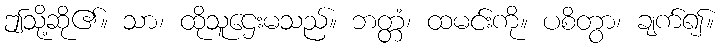
ဤသို့ဆို၏။ သာ၊ ထိုသူဌေးမသည်။ ဘတ္တံ၊ ထမင်းကို။ ပစိတွာ၊ ချက်၍။